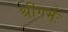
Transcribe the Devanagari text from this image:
श्रीगर्भः